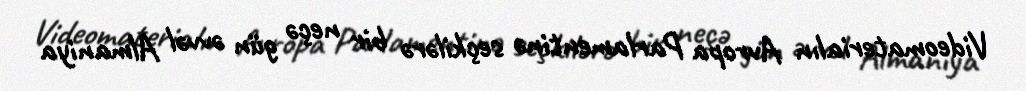
Videomaterialın Avropa Parlamentinə seçkilərə bir neçə gün əvvəl Almaniya